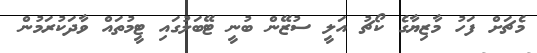
މެޗަށް ފަހު މާޒިޔާގެ ކޯޗު އަލީ ސުޒޭން ބުނީ ޓޭބަލުގައި ޓީމުތައް ވާދަކުރަމުން